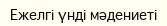
Ежелгі үнді мәдениеті